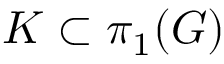
K \subset \pi _ { 1 } ( G )